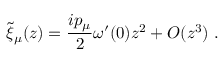
{ \widetilde \xi } _ { \mu } ( z ) = { \frac { i p _ { \mu } } { 2 } } \omega ^ { \prime } ( 0 ) z ^ { 2 } + { \cal O } ( z ^ { 3 } ) ~ .